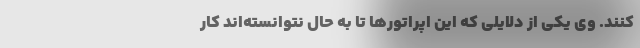
کنند. وی یکی از دلایلی که این اپراتورها تا به حال نتوانسته‌اند کار